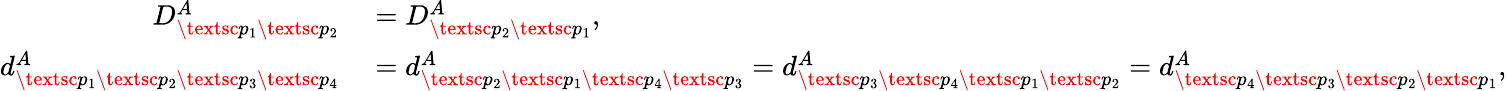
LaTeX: \begin{array}{rl}{D_{\textsc{p}_{1}\textsc{p}_{2}}^{A}}&{{}=D_{\textsc{p}_{2}\textsc{p}_{1}}^{A},}\\ {d_{\textsc{p}_{1}\textsc{p}_{2}\textsc{p}_{3}\textsc{p}_{4}}^{A}}&{{}=d_{\textsc{p}_{2}\textsc{p}_{1}\textsc{p}_{4}\textsc{p}_{3}}^{A}=d_{\textsc{p}_{3}\textsc{p}_{4}\textsc{p}_{1}\textsc{p}_{2}}^{A}=d_{\textsc{p}_{4}\textsc{p}_{3}\textsc{p}_{2}\textsc{p}_{1}}^{A},}\end{array}